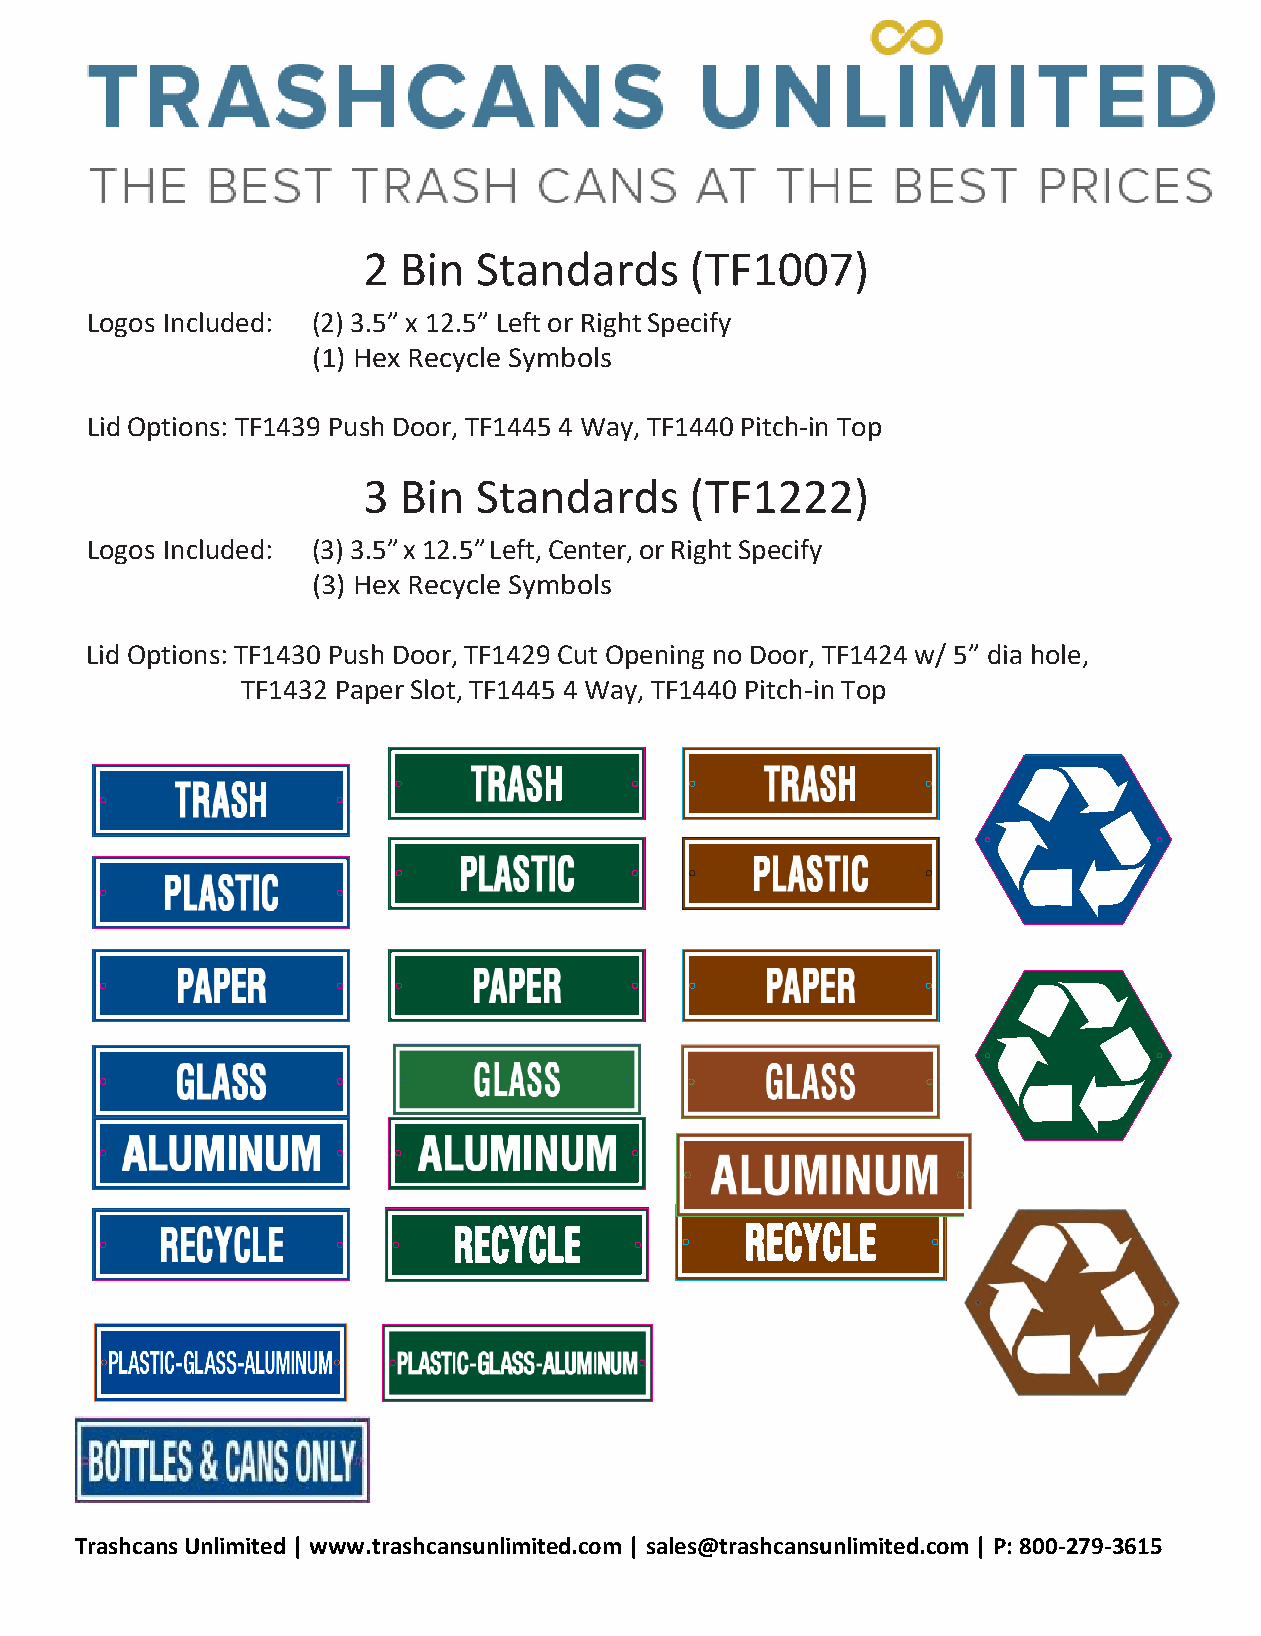
2 Bin  Standards      (TF1007)
 Logos Included: (2) 3.5” x 12.5” Left or Right Specify
 (1) Hex Recycle Symbols
 Lid Options: TF1439 Push Door, TF1445 4 Way, TF1440 Pitch-in Top
 3 Bin  Standards      (TF1222)
 Logos Included: (3) 3.5” x 12.5” Left, Center, or Right Specify
 (3) Hex Recycle Symbols
 Lid Options: TF1430 Push Door, TF1429 Cut Opening no Door, TF1424 w/ 5” dia hole,
 TF1432 Paper Slot, TF1445 4 Way, TF1440 Pitch-in Top
 12.5” x 3.5”
 12.5” x 3.5”
 Trashcans Unlimited | www.trashcansunlimited.com | sales@trashcansunlimited.com | P: 800-279-3615